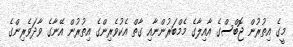
މީގެ އިތުރުން ޖޮބްސްގެ އާއިލާގެ މެމްބަރުންނާއި ގާތް އެކުވެރިންގެ އިތުރުން އޭނާގެ ވާދަވެރިންގެ